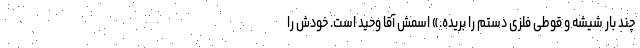
چند بار شیشه و قوطی فلزی دستم را بریده.» اسمش آقا وحید است. خودش را